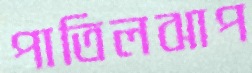
পাতিলঝাপ